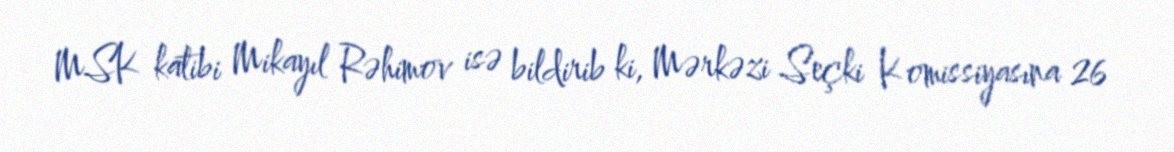
MSK katibi Mikayıl Rəhimov isə bildirib ki, Mərkəzi Seçki Komissiyasına 26